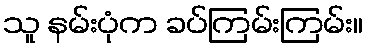
သူ နမ်းပုံက ခပ်ကြမ်းကြမ်း။